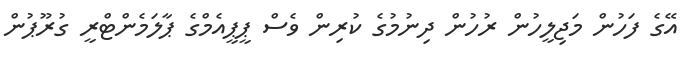
އޭގެ ފަހުން މަޖިލީހުން ރުހުން ދިނުމުގެ ކުރިން ވެސް ޕީޕީއެމްގެ ޕާލަމެންޓްރީ ގުރޫޕުން